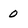
Character: 0